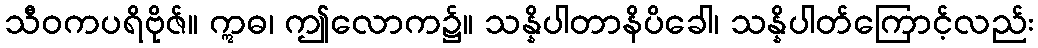
သီဝကပရိဗိုဇ်။ ဣဓ၊ ဤလောက၌။ သန္နိပါတာနိပိခေါ၊ သန္နိပါတ်ကြောင့်လည်း